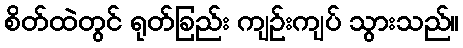
စိတ်ထဲတွင် ရုတ်ခြည်း ကျဉ်းကျပ် သွားသည်။